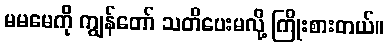
မမမေကို ကျွန်တော် သတိပေးမလို့ ကြိုးစားတယ်။